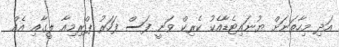
އަދި މިހާތަނަށް ޔުނައިޓެޑާއެކު ކެރިކް ވަނީ ފަސް ފަހަރު ޕްރިމިއާ ލީގާއި އެއް